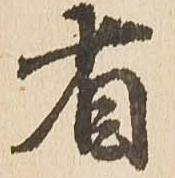
省